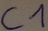
Text: C1